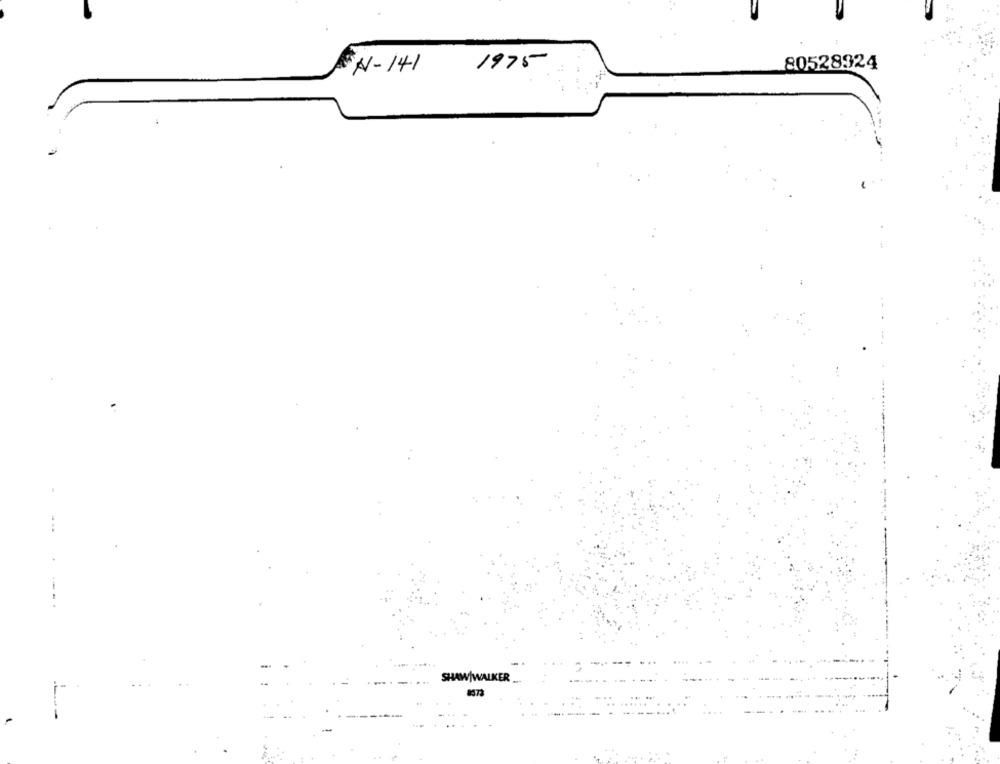
NAV-141
1975
80528924
SHAW|WALKER
8573
-